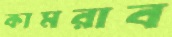
কামরাব